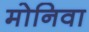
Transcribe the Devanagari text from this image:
मोनिवा